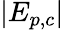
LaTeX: |E_{p,c}|